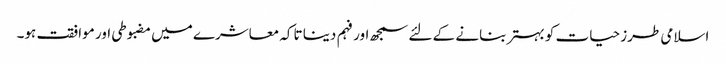
اسلامی طرز حیات کو بہتر بنانے کے لئے سمجھ اور فہم دینا تاکہ معاشرے میں مضبوطی اور موافقت ہو۔